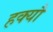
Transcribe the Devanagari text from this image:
हक्यौ